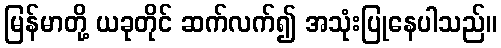
မြန်မာတို့ ယခုတိုင် ဆက်လက်၍ အသုံးပြုနေပါသည်။